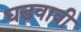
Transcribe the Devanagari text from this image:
घडवावी